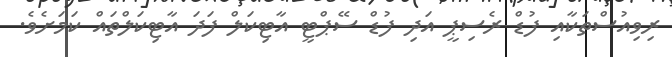
ރިވިއުސްތަކާއި ފުޑް ރެސިޕީ އަދި ފުޑް ސޭޕްޓީ އާޓިކަލް ފަދަ އާޓިކަލްތައް ކަމަށެވެ.